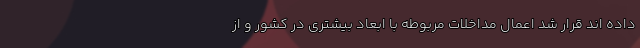
داده اند قرار شد اعمال مداخلات مربوطه با ابعاد بیشتری در کشور و از